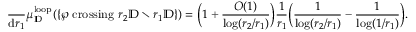
\frac { \d } { \mathrm { d } r _ { 1 } } \mu _ { \mathbb { D } } ^ { \mathrm { l o o p } } ( \{ \wp \mathrm { ~ c r o s s i n g ~ } r _ { 2 } \mathbb { D } \setminus r _ { 1 } \mathbb { D } \} ) = \Big ( 1 + \frac { O ( 1 ) } { \log ( r _ { 2 } / r _ { 1 } ) } \Big ) \frac { 1 } { r _ { 1 } } \Big ( \frac { 1 } { \log ( r _ { 2 } / r _ { 1 } ) } - \frac { 1 } { \log ( 1 / r _ { 1 } ) } \Big ) .